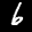
Label: 6